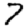
Digit: 7